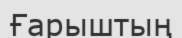
Ғарыштың